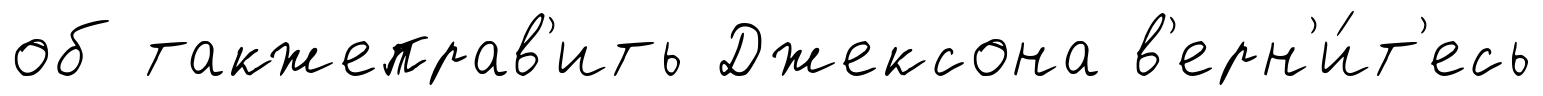
об такжеправ'ить Джексона в'ерн'и́т'есь